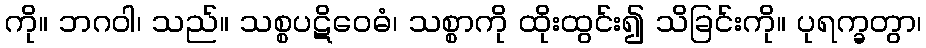
ကို။ ဘဂဝါ၊ သည်။ သစ္စပဋိဝေဓံ၊ သစ္စာကို ထိုးထွင်း၍ သိခြင်းကို။ ပုရက္ခတွာ၊